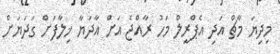
މިދިޔަ މާޗް އަދި އެޕްރީލް މަހު ރާއްޖެ އަށް އާދަޔާ ޚިލާފަށް ގަދަޔަށް